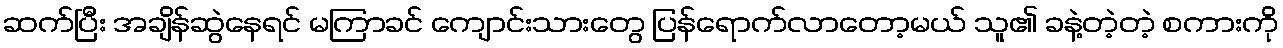
ဆက်ပြီး အချိန်ဆွဲနေရင် မကြာခင် ကျောင်းသားတွေ ပြန်ရောက်လာတော့မယ် သူ၏ ခနဲ့တဲ့တဲ့ စကားကို